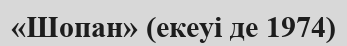
«Шопан» (екеуі де 1974)